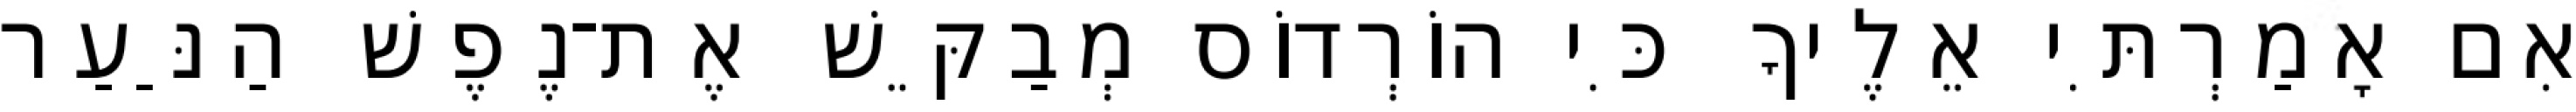
אִם אָמַרְתִּי אֵלֶיךָ כִּי הוֹרְדוֹס מְבַקֵּשׁ אֶת־נֶפֶשׁ הַנַּעַר